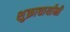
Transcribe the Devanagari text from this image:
शुक्राचार्यांनी